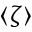
\langle \zeta \rangle